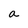
Character: a